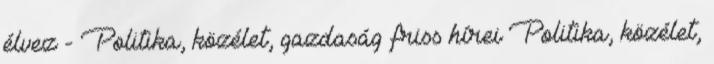
élvez - Politika, közélet, gazdaság friss hírei Politika, közélet,